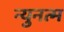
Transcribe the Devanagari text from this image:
न्युनत्म